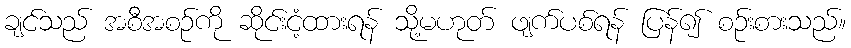
ချင်သည် အစီအစဉ်ကို ဆိုင်းငံ့ထားရန် သို့မဟုတ် ဖျက်ပစ်ရန် ပြန်၍ စဉ်းစားသည်။